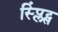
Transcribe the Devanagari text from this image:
स्प्लिंट्स